Lock hospitals Punjab
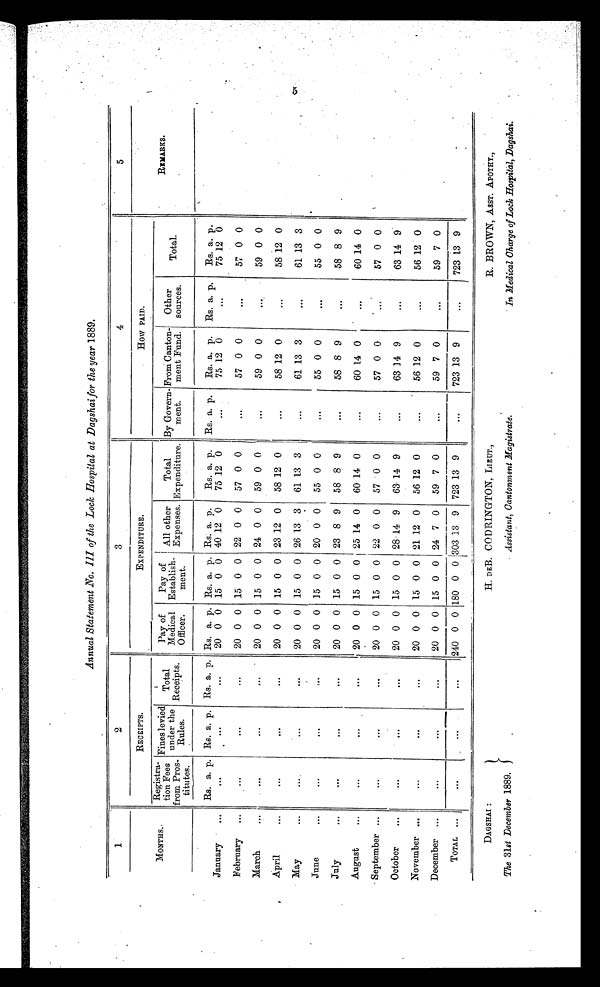
DAGSHAI :
The 31st December 1889,
H. DEB. CODRINGTON, LIEUT.,
Assistant, Cantonment Magistrate.
R. BROWN, ASST. APOTRY.,
In Medical Charge of Lock Hospital, Dagshai.
Annual Statement .No. III of the Lock Hospital at Dagshai for the year 1889.
1
2
3
4
5
MONTHS
RECEIPTS.
EXPENDITURE.
How PAID.
REMARKS.
Registra
tion Fees
from Pros-
titutes.
Fines levied
under the
Rules.
Total
Receipts.
Pay of
Medical
Officer.
Pay of
Establish-
ment.
All other
Expenses.
Total
Expenditure.
By Govern-
ment.
From Canton-
ment Fund.
Other
sources.
Total.
Rs. a. p. Rs. a. p. Rs. a. p. Rs, a. p. Rs. a. p. Rs. a. p.
Rs. a. p.
Rs. a. p.
Rs. a. p.
Rs. a. p.
Rs. a. p.
January
... ... ... ...
20 0 0 15 0 0 40 12 0
75 12 0
...
75 12 0
...
75
12 0
February
...
...
... ...
20 0 0 15 0 0 22 0 0
57 0 0
...
57 0 0
...
57 0 0
March
... ...
...
...
20 0 0 15 0 0 24 0 0
59 0 0
...
59 0 0
...
59 0 0
April
... ... ... ...
20 0 0 15 0 0 23 12 0
58 12 0
...
58 12 0
...
58 12 0
May
...
...
... ...
20 0 0 15 0 0 26 13 3
61 13 3
...
61 13 3
...
61 13 3
June
... ... ... ...
20 0 0 15 0 0 20 0 0
55 0 0
...
55 0 0
...
55 0 0
July
... ... ... ...
20 0 0 15 0 0 23 8 9
58 8 9
...
58 8 9
...
58 8 9
August
...
...
... ...
20 0 0 15 0 0 25 14 0
60 14 0
...
60 14 0
...
60 14 0
September ...
... ... ...
20 0 0 15 0 0 22 0 0
57 0 0
...
57 0 0
...
57 0 0
October
...
...
...
...
20 0 0 15 0 0 28 14 9
63 14 9
...
63 14 9
...
63 14 9
November ...
...
...
20 0 0 15 0 0 21 12 0
56 12 0
...
56 12 0
...
56 12 0
December ...
... ... ...
20 0 0 15 0 0 24 7 0
59 7 0
...
59 7 0
...
59 7 0
TOTAL ...
... ...
...
240 0 0 180 0
0
303 13 9 723 13 9
...
723 13 9
...
723 13 9
5
D